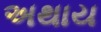
અથાય